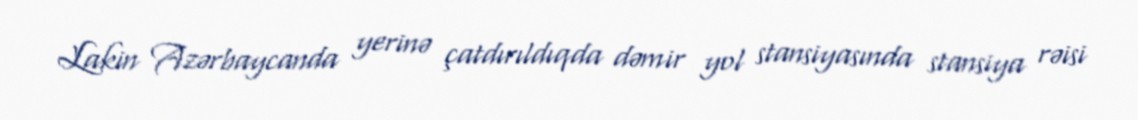
Lakin Azərbaycanda yerinə çatdırıldıqda dəmir yol stansiyasında stansiya rəisi